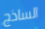
الساذج